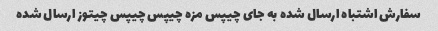
سفارش اشتباه ارسال شده به جای چیپس مزه چیپس چیپس چیتوز ارسال شده